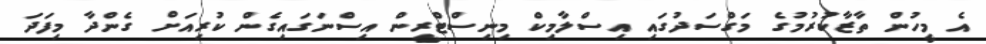
އެ މީހުން ތާޒާކުރުމުގެ މަގްސަދުގައި އިސްލާމިކް މިނިސްޓްރީން އިސްނަގައިގެން ކުރިއަށް ގެންދާ މިފަދަ